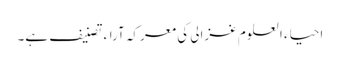
احیاء العلوم غزالی کی معرکہ آراء تصنیف ہے۔